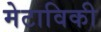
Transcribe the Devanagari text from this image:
मेटाविकी